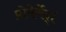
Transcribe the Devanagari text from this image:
प्रोफेर्रेद्।